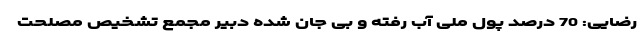
رضایی: 70 درصد پول ملی آب رفته و بی جان شده دبیر مجمع تشخیص مصلحت